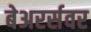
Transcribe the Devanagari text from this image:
बेअरर्सवर